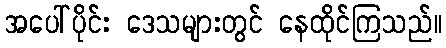
အပေါ်ပိုင်း ဒေသများတွင် နေထိုင်ကြသည်။